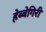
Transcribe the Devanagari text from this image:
हेब्बेगिरी